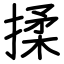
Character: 揉